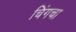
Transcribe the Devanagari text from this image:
चिंगचा